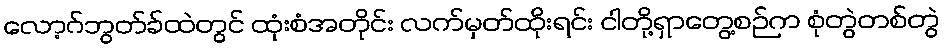
လော့ဂ်ဘွတ်ခ်ထဲတွင် ထုံးစံအတိုင်း လက်မှတ်ထိုးရင်း ငါတို့ရှာတွေ့စဉ်က စုံတွဲတစ်တွဲ